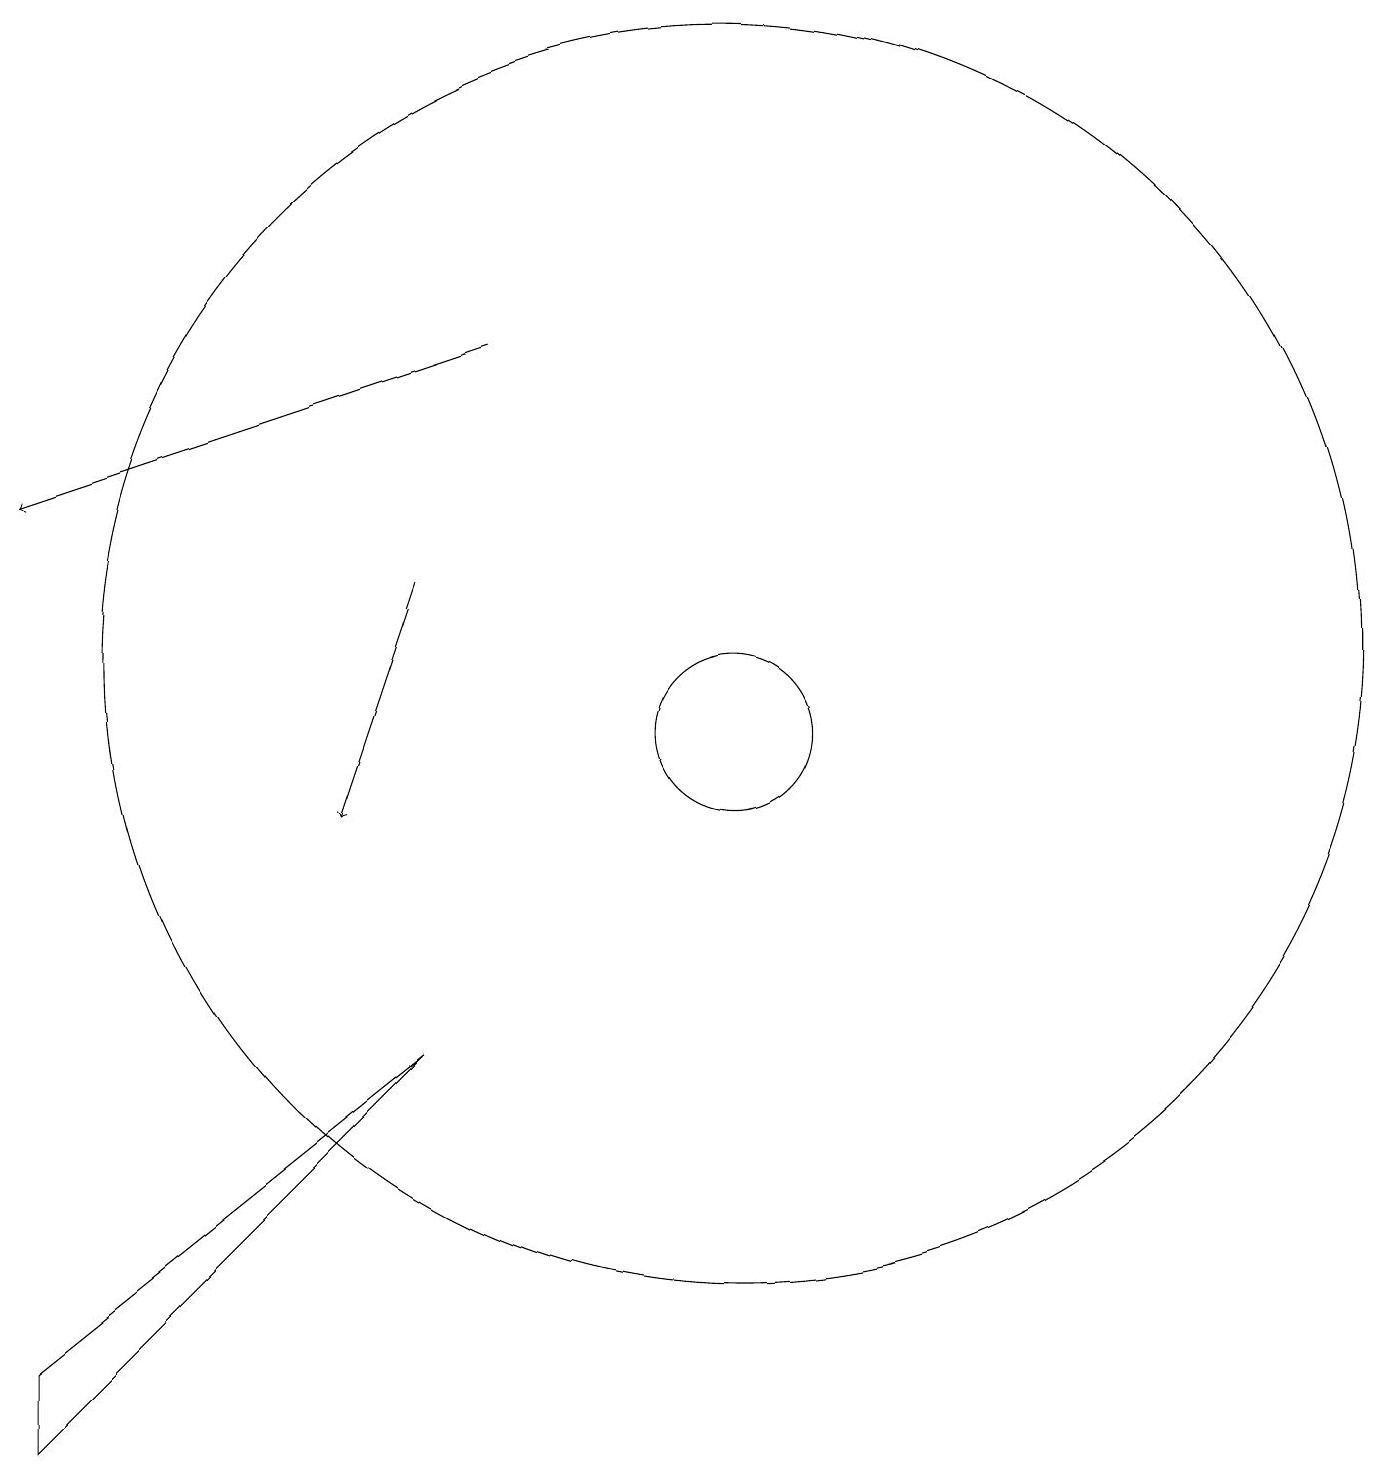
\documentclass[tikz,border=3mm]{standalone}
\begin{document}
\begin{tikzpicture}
\draw (10,12) circle (8);
\draw (10,11) circle (1);
\draw (1,3) -- (1,2) -- (6,7) -- cycle;
\draw[->] (7,16) -- (1,14);
\draw[->] (6,13) -- (5,10);
\draw (12,10) circle (0);
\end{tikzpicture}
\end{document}